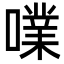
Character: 㗼